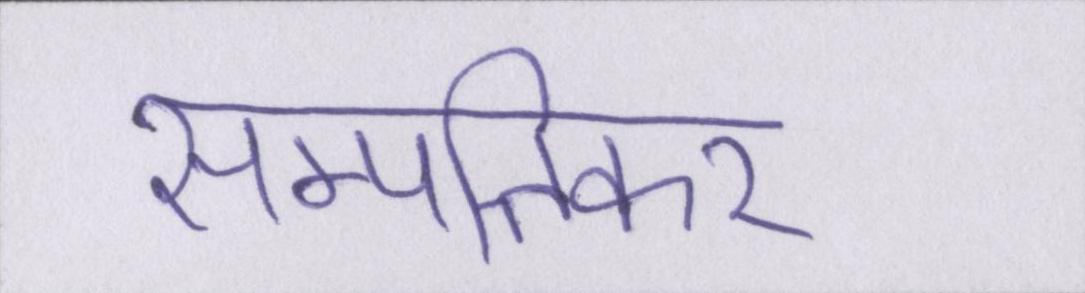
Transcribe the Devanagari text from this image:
सम्पत्तिकर